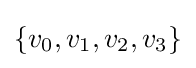
\{v_{0},v_{1},v_{2},v_{3}\}